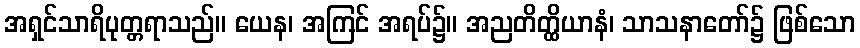
အရှင်သာရိပုတ္တရာသည်။ ယေန၊ အကြင် အရပ်၌။ အညတိတ္ထိယာနံ၊ သာသနာတော်၌ ဖြစ်သော